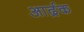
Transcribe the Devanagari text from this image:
आर्द्रक